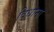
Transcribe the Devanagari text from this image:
विधाना